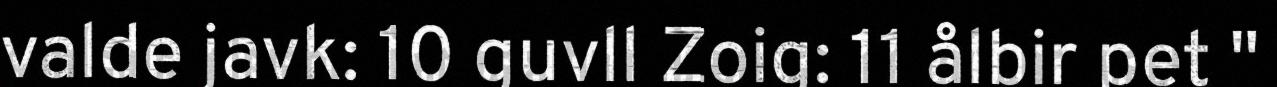
valde javk: 10 guvll Zoig: 11 ålbir pet "